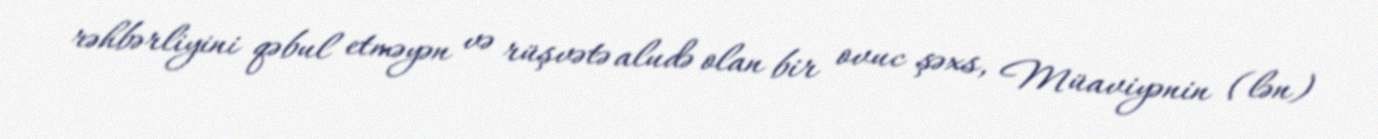
rəhbərliyini qəbul etməyən və rüşvətə aludə olan bir ovuc şəxs, Müaviyənin (lən)